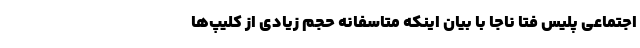
اجتماعی پلیس فتا ناجا با بیان اینکه متاسفانه حجم زیادی از کلیپ‌ها